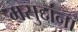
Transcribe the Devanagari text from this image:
मसुद्दांना